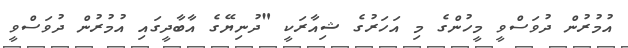
އުމުރުން ދުވަސްވީ މީހުންގެ މި އަހަރުގެ ޝިއާރަކީ "ދުނިޔޭގެ އާބާދީގައި އުމުރުން ދުވަސްވީ